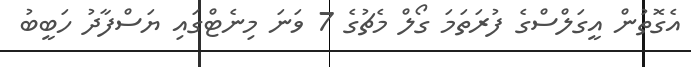
އެގޮތުން އީގަލްސްގެ ފުރަތަމަ ގޯލް މެޗުގެ 7 ވަނަ މިނެޓްގައި ޔަސްފާދު ހަބީބު